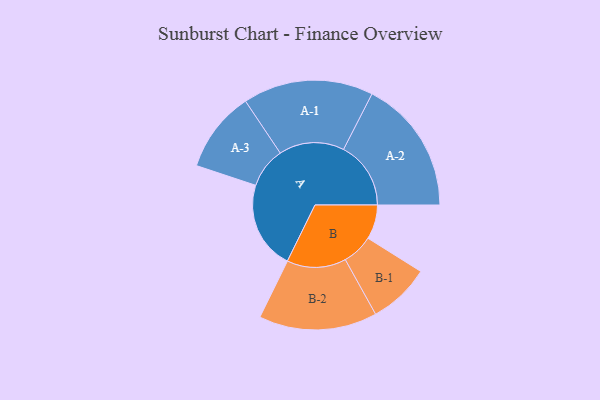
{"axis": {"x": "Segment", "y": "Value"}, "legend": ["", "A", "B"], "data": [{"x": "A", "y": 302, "type": ""}, {"x": "B", "y": 118, "type": ""}, {"x": "A-1", "y": 224, "type": "A"}, {"x": "A-2", "y": 231, "type": "A"}, {"x": "A-3", "y": 139, "type": "A"}, {"x": "B-1", "y": 106, "type": "B"}, {"x": "B-2", "y": 203, "type": "B"}]}